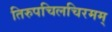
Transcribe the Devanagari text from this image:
तिरुपचिलचिरमम्